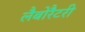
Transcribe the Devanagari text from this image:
लैबोरैटरी